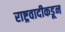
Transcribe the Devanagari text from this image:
राष्ट्रवादीकडून